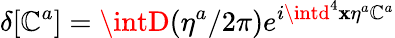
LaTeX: \delta[\mathbb{C}^{a}]=\intD(\eta^{a}/2\pi)e^{i\intd^{4}\mathbf{x}\eta^{a}\mathbb{C}^{a}}